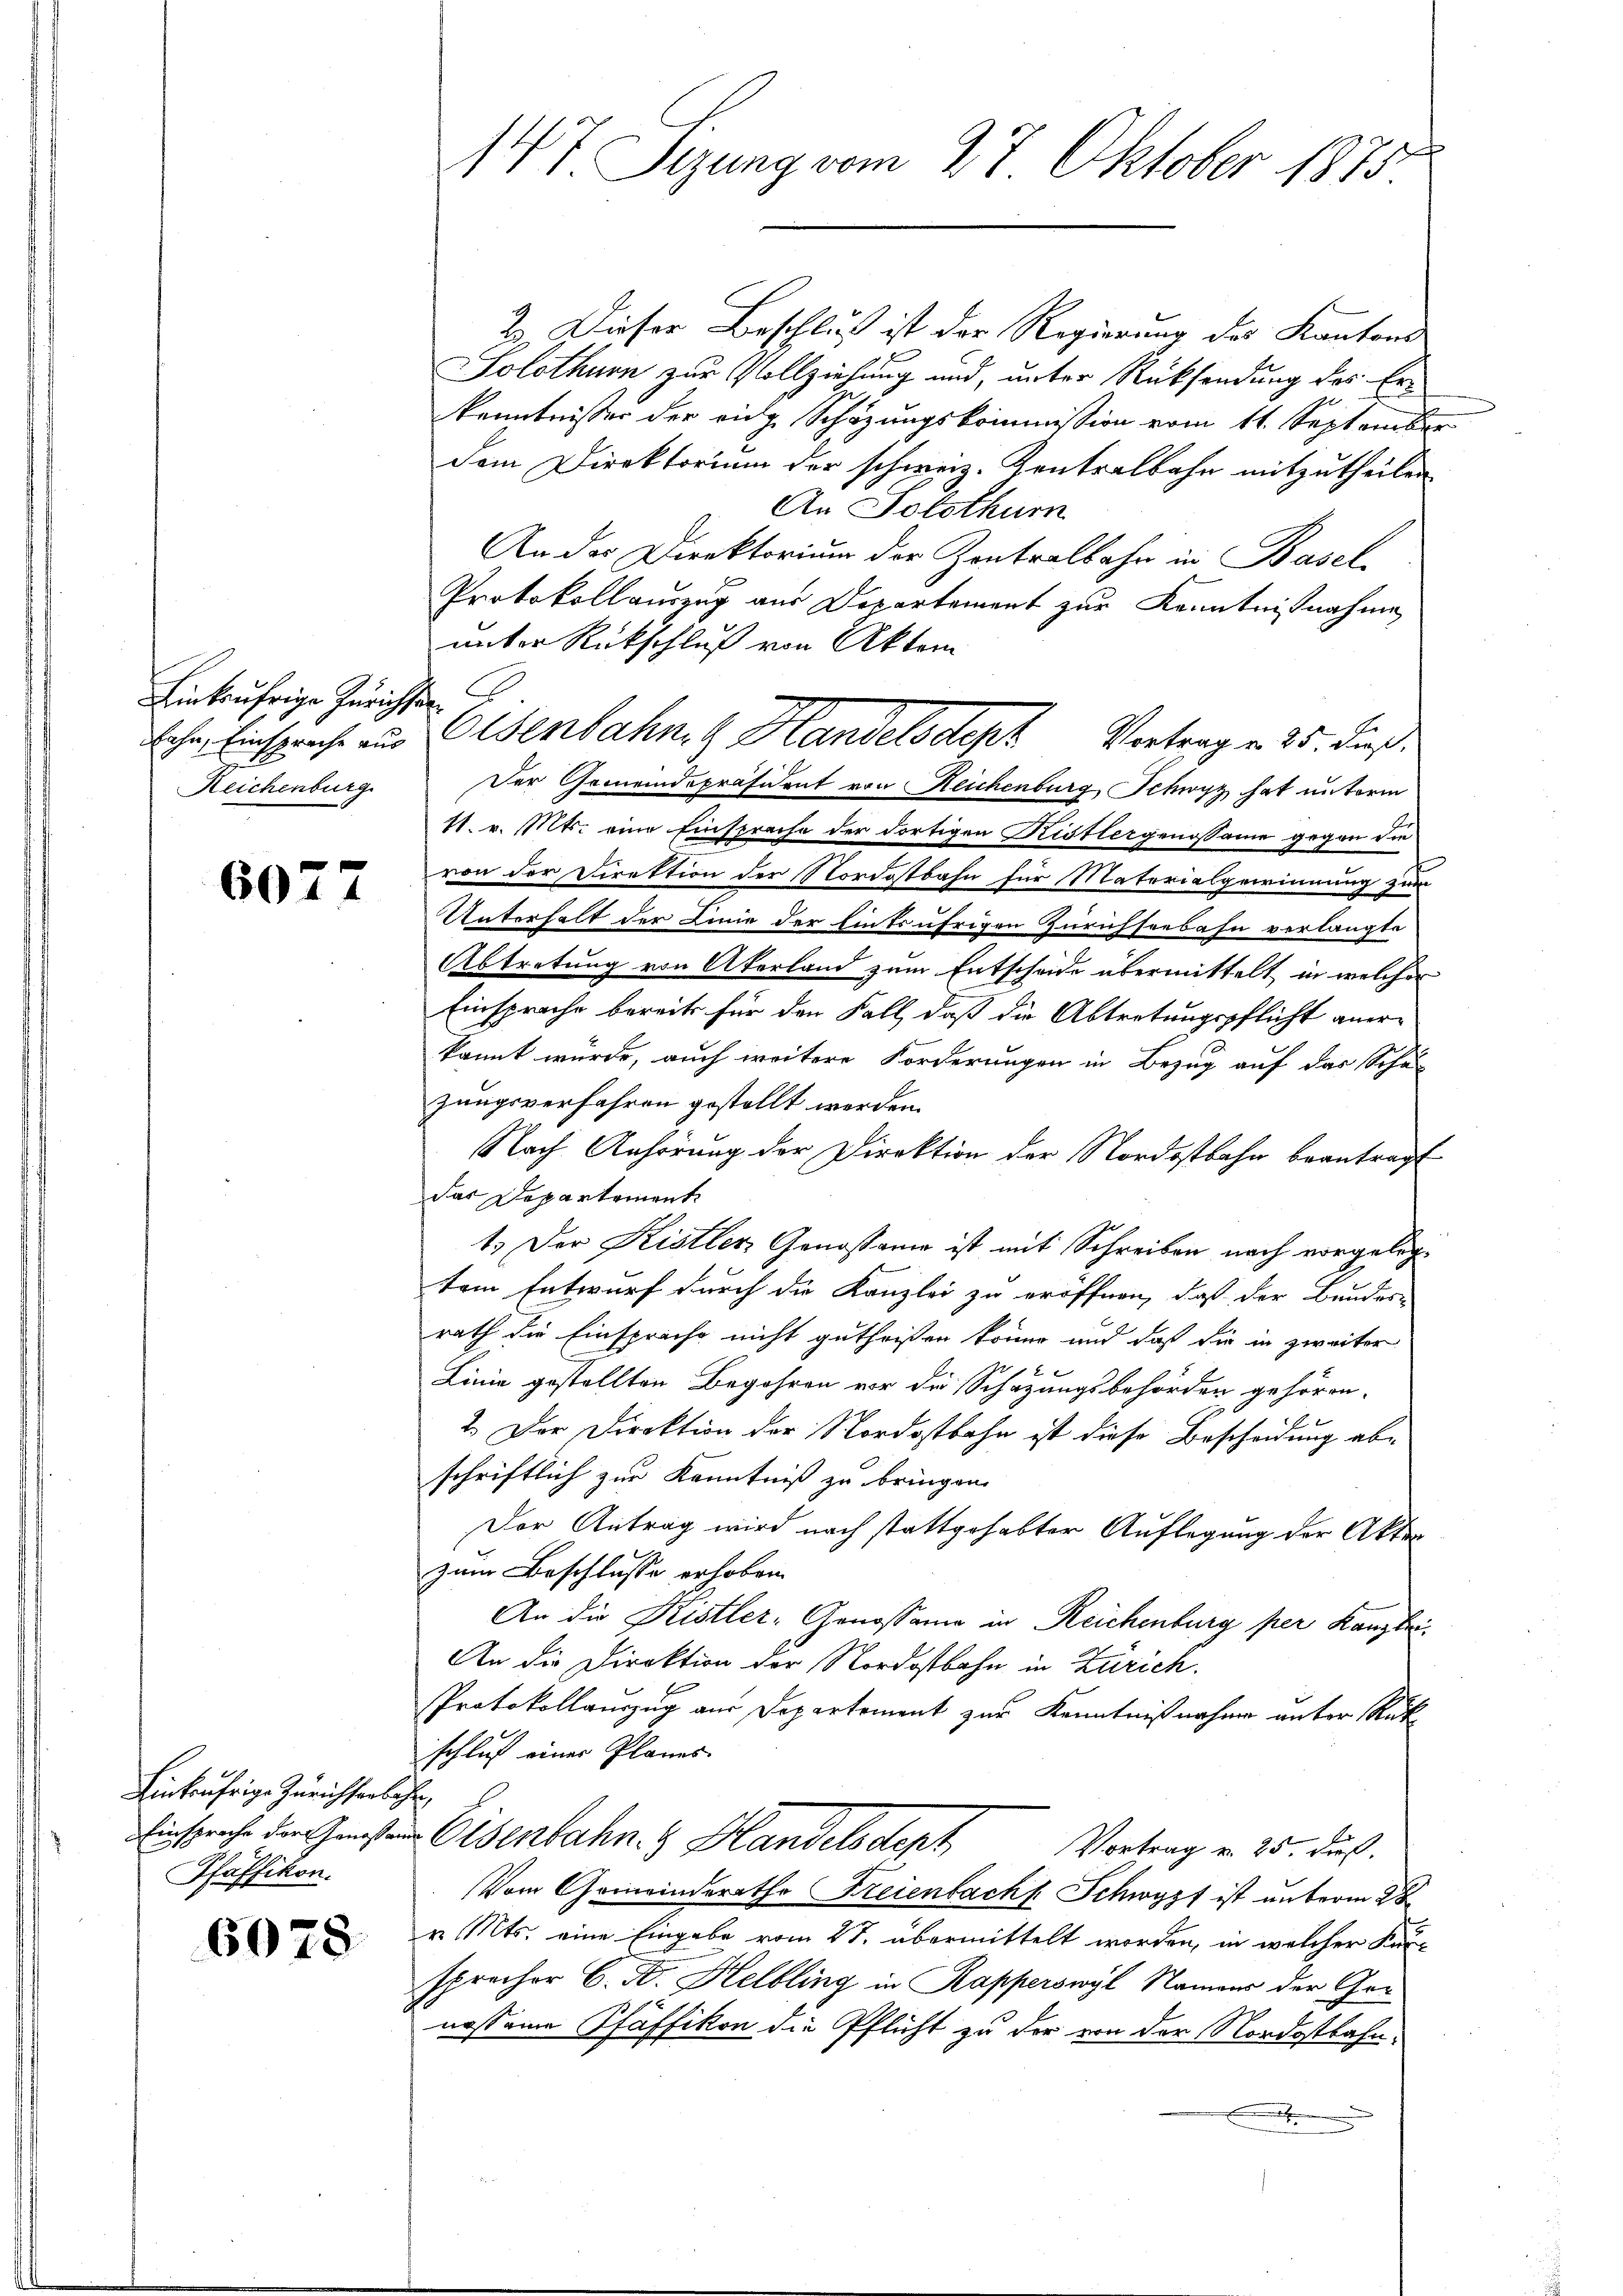
Linksufrige Zürichsan¬
Reichenburg

6077

Linkufrige Zürichtersehen.
Pfäffikon.

6078

147 Sizung vom 27 Oktober 1875.

2. Dieser Beschluß ist der Regierung des Kantons-
Solothurn zur Vollziehung und, unter Rücksendung des Er¬
Kenntnisser der eidg. Schazungskommission vom 11. September
dem Direktorium der schweiz. Kontralbahn mitzutheilen.
An Solothurn
An des Direktorium der Zentralbahn in Basel
Protokollauszug aus Departement zur Kenntnißnahme
unter Rückschluß von Akten
lche Einsprache aus Osenbahng Handelsdept Vortrag u. 25. dieß.
Der Gemeindepräsident von Reichenburg Schwyz hat unterm
11. v. Mts. eine Einspreche der dortigen Rittergenossame gegen die
von der Direktion der Nordostbahn für Materialgewinnung zum
Unterhalt der Linie der Einfr ührigen Zürichseebahn verlangte
Abtretung von Akerland zum Entscheide übermittelt, in welcher
Einsprache bereits für den Fall, daß die Abtretungspflicht anerkannt wurde, auch weitere Forderungen in Bezug auf das Schul
zungsverfahren gestellt werden.
Nach Anhörung der Direktion der Nordostbahn beantragt
das Departement
1. Der Kistlen Genossame ist mit Schreiben nach vorgelegtem Entwurf durch die Kanzlei zu eröffnen, daß der Bundes-
rath die Einsprache nicht gutheißen könne und daß die in zweiter
Linie gestellten Begehren vor die Schazungsbehörden gehören.
2. Der Direktion der Nordostbahn ist diese Bescheidung ab-
schriftlich zur Kenntniß zu bringen.
Der Antrag wird noch stattgehabter Auflegung der Akten
zum Beschlusse erhoben.
An die Kistler-Genossame in Reichenburg per Kanzlei
An die Direktion der Nordostbahn in Zürich.
Protokollauszug aus Departement zur Kenntnißnahme unter Rükschluß einer Planes.
Einsprache der Geisten Eisenbahn. G. Handelsdeph Vortrag v. 25. Fuß.
Vom Gemeinderath Freienbach Schwyzt ist unterm 28
v. Mts. eine Eingabe vom 27. übermittelt worden, in welcher Kursprecher C. D. Helbling in Rapperswyl Namens der Ger
nossame Pfäffikon die Pflicht zu der von der Nordostbahn¬
.
n